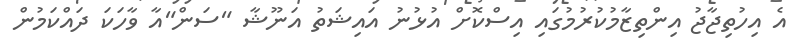
އެ އިހުތިޖާޖު އިންތިޒާމުކުރުމުގައި އިސްކޮށް އުޅުނު އައިޝަތު އަނޫޝާ "ސަން"އާ ވާހަކަ ދައްކަމުން